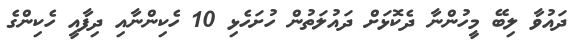
ދައުވާ ލިބޭ މީހުންނާ ދެކޮޅަށް ދައުލަތުން ހުށަހެޅި 10 ހެކިންނާއި ދިފާއީ ހެކިންގެ